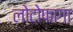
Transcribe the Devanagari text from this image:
लोटोफागा